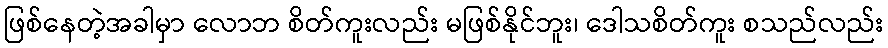
ဖြစ်နေတဲ့အခါမှာ လောဘ စိတ်ကူးလည်း မဖြစ်နိုင်ဘူး၊ ဒေါသစိတ်ကူး စသည်လည်း